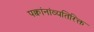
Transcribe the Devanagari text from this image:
पक्वांनांव्यतिरिक्त